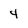
Character: 4